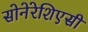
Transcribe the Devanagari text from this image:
सोनेरेशिएसी